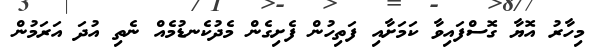
މިހާރު އޮޔާ ގޮސްފައިވާ ކަމަށާއި ފަތިހުން ފެށިގެން މެދުކެނޑުމެއް ނެތި އުދަ އަރަމުން